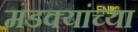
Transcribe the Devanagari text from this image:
मडक्यांच्या